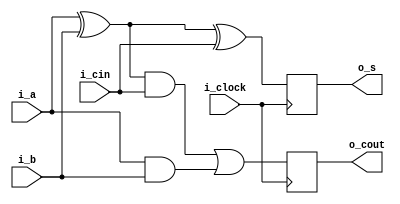
`timescale 1ns / 1ps
//////////////////////////////////////////////////////////////////////////////////
// Company: Si-vision
// 
// Design Name: 
// Module Name:    fullAdder 
// Project Name: 
// Target Devices: 
// Tool versions: 
// Description: 
//
// Dependencies: 
//
// Revision: 
// Revision 0.01 - File Created
// Additional Comments: 
//
//////////////////////////////////////////////////////////////////////////////////
module fullAdder(i_a,i_b,i_cin,i_clock,o_s,o_cout );
	 /* Inputs and Outputs */
	 input i_a;
    input i_b;
    input i_cin;
    input i_clock; 
    output o_s; 
    output o_cout; 
	 /*Output Reg Declaration*/
	 reg o_s ; 
	 reg o_cout ; 
	 always @(posedge i_clock )
	 begin
			o_s <= (i_a ^ i_b ^ i_cin) ; 
			o_cout <= ((i_a ^ i_b) & i_cin ) | (i_a & i_b) ;
         			
    end 			


endmodule